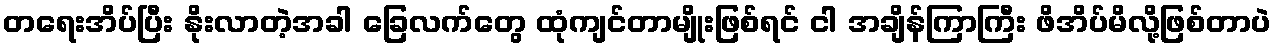
တရေးအိပ်ပြီး နိုးလာတဲ့အခါ ခြေလက်တွေ ထုံကျင်တာမျိုးဖြစ်ရင် ငါ အချိန်ကြာကြီး ဖိအိပ်မိလို့ဖြစ်တာပဲ